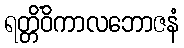
ရတ္တိံဝိကာလဘောဇနံ